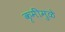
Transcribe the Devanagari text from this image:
कृमींमुळे